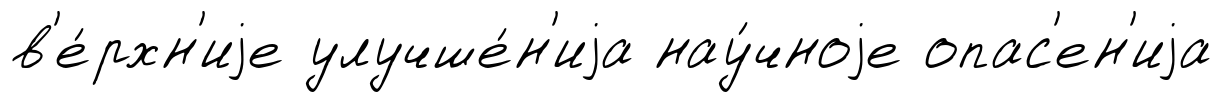
в'е́рхн'иjе улучше́н'иjа нау́чноjе опас'ен'иjа